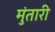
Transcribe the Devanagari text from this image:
मुंतारी